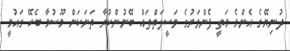
ދުނިޔޭގެ އެންމެ މަތީ ފެންވަރުގެ ވަސީލަތްތައް ބޭނުންކުރާ ތަނަކަށް މޫސުމާ ބެހޭ ގައުމީ